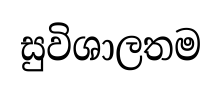
සුවිශාලතම